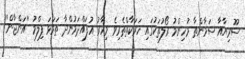
ސޫރިޔާއާ ސަމާންތާ މުހިންމު ރޯލުތަކުގައި ހަރަކާތްތެރިވެ މިހާރު އުފައްދަމުންދާ ތަމަޅަ ފިލްމު ''އަންޖާން''